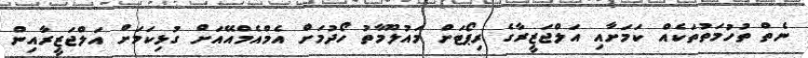
ނެތް ތުހުމަތުތަކެއް ކަމަށާއި އަލްޖަޒީރާގެ ރިޕޯޓަށް މައުލޫމާތު ހޯދުމަށް އެމްއެމްއޭއަށް ގުޅިކަމަށް އަލްޖަޒީރާއިން